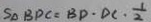
S _ { \Delta } B P C = B D \cdot D C \cdot \frac { 1 } { 2 }